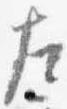
左